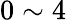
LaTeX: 0\sim 4